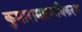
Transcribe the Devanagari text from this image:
कुमारामात्याधिकरण